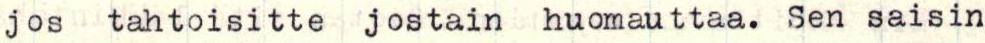
jos tahtoisitte jostain huomauttaa. Sen saisin